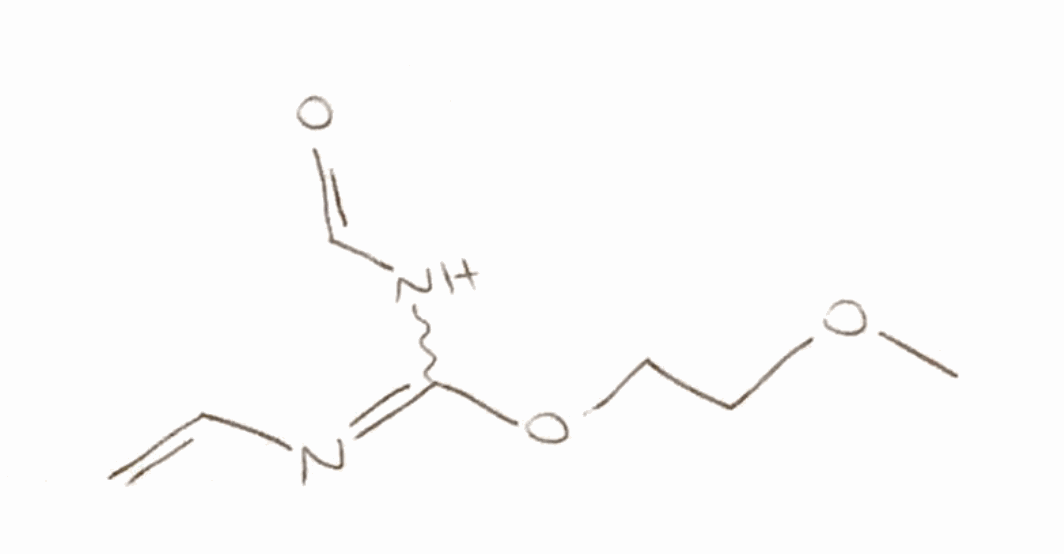
Simplified molecular-input line-entry system (SMILES) notation of the given molecule:
COCCOC(=NC=C)NC=O